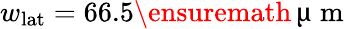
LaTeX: w_{\textrm{lat}}=66.5\ensuremath{\, \upmu\mathrm{~m~}}